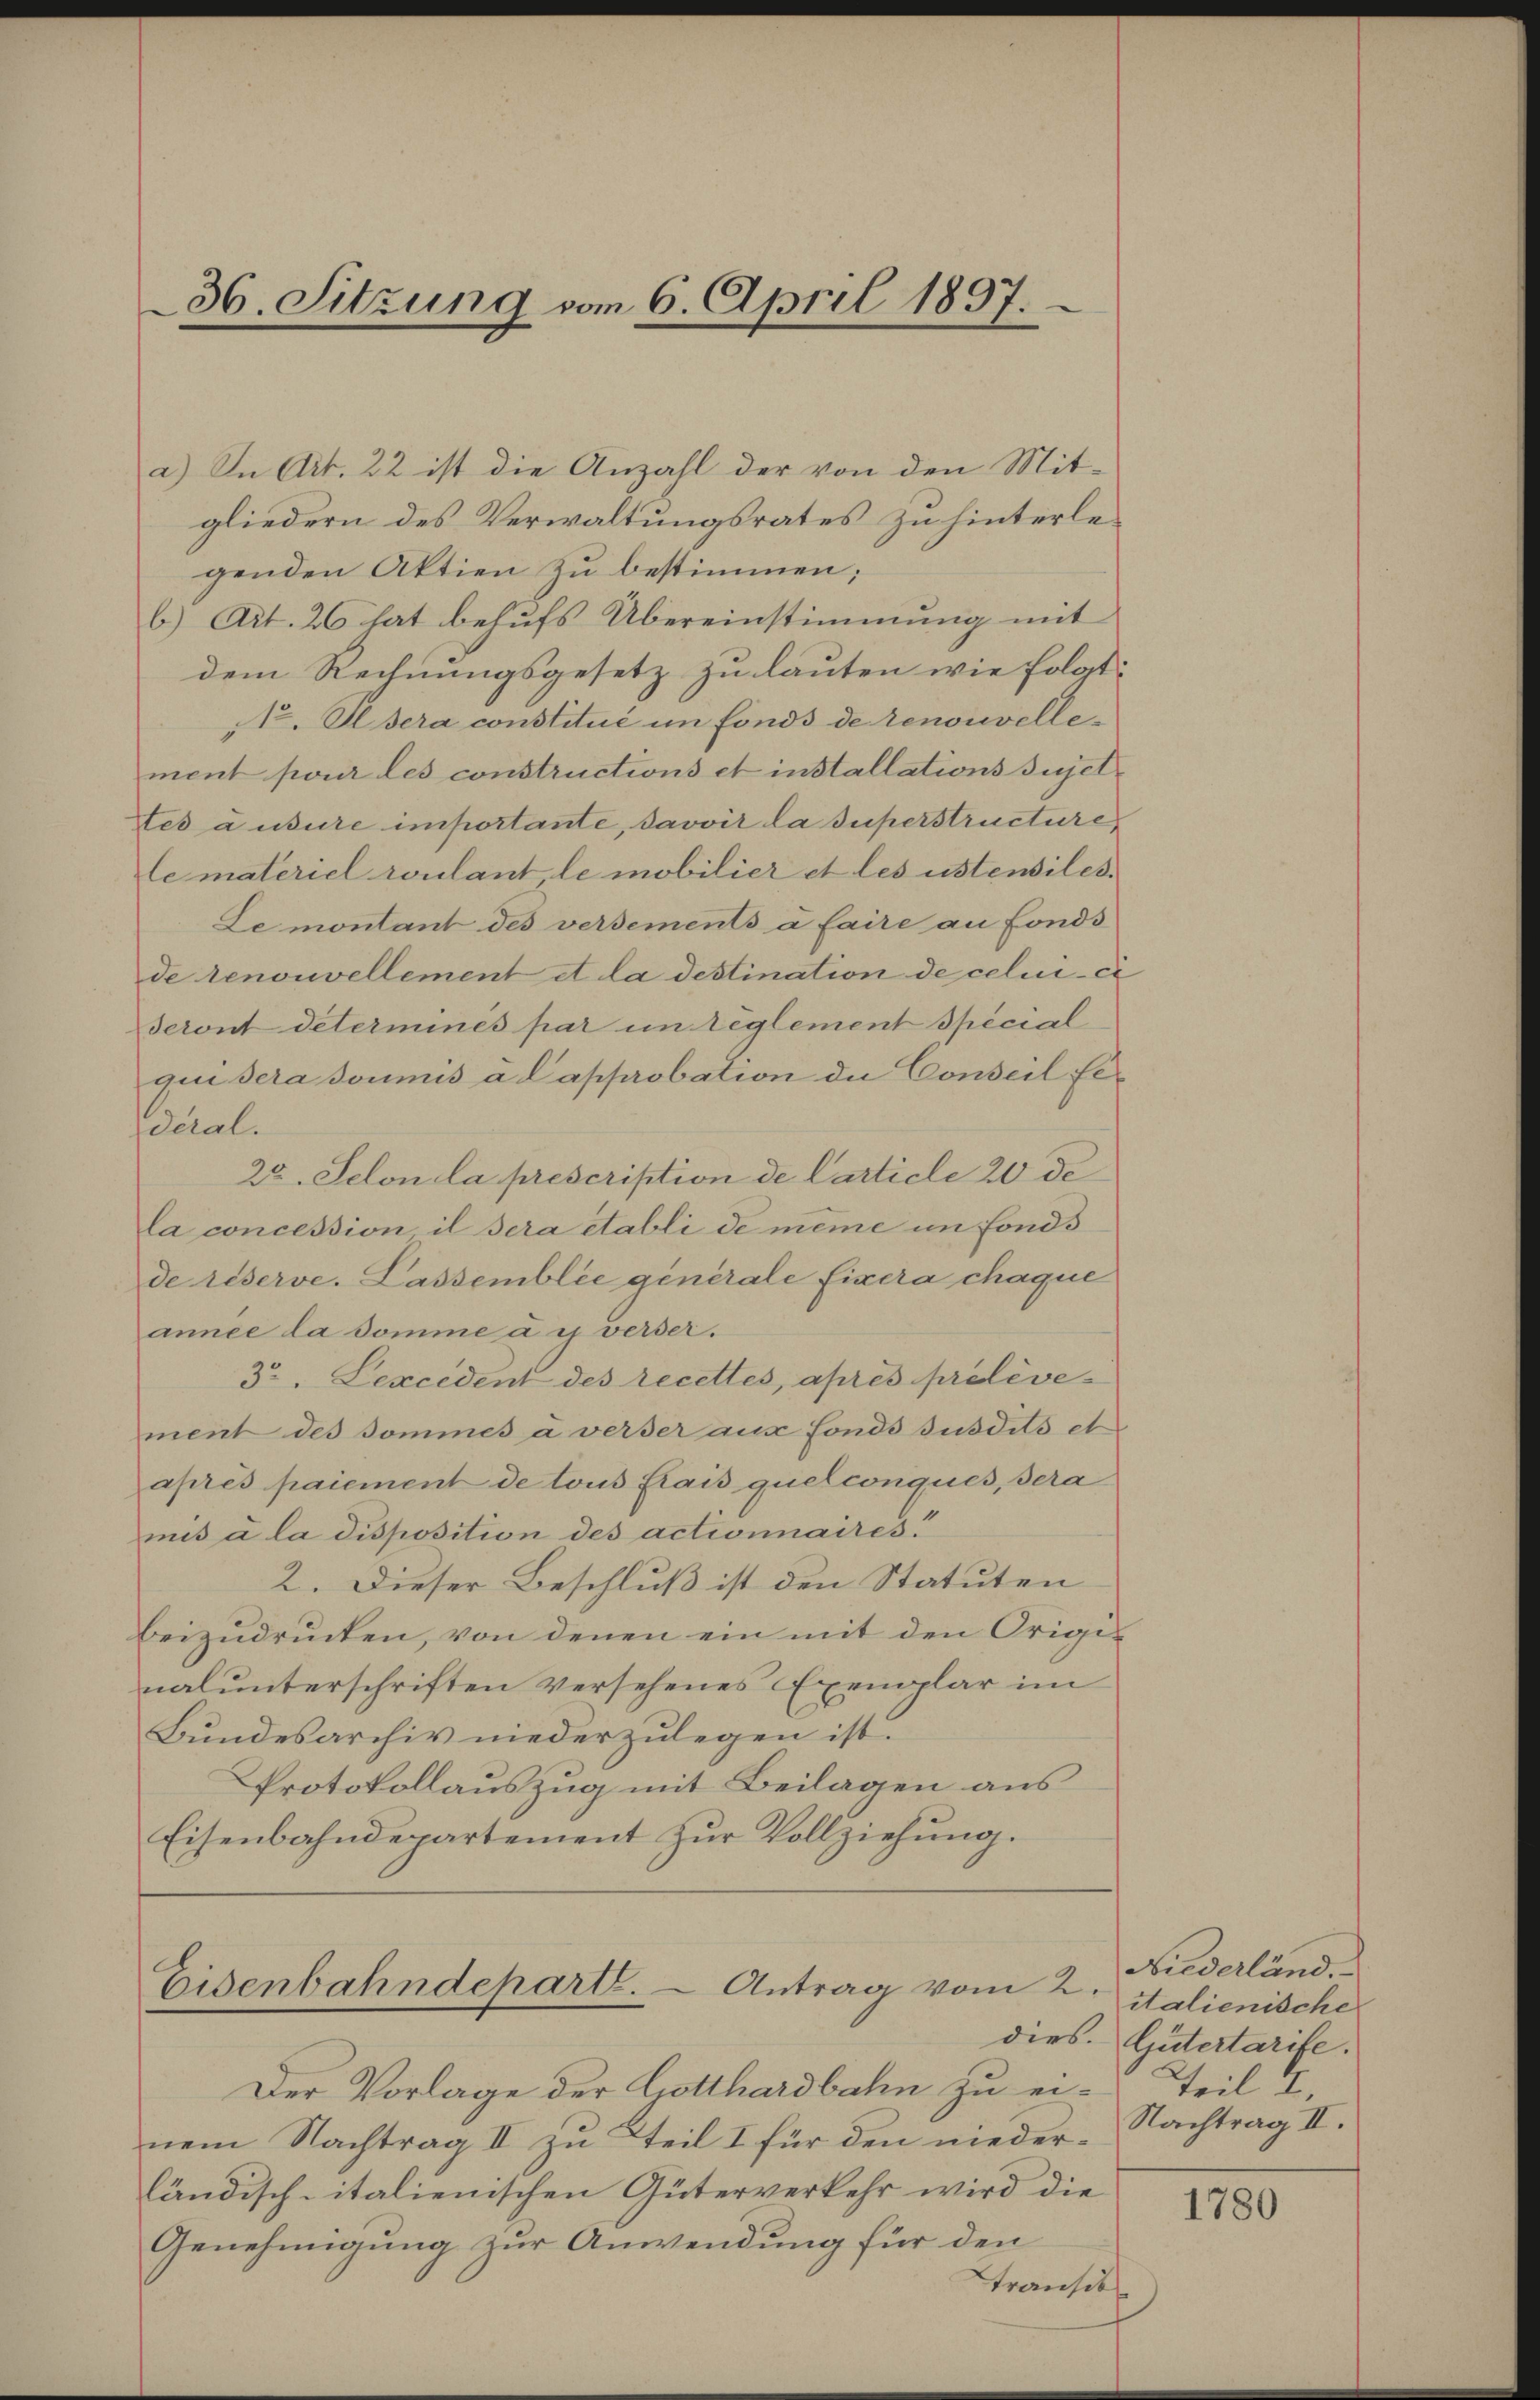
36. Sitzung vom 6. April 1897.

a) In Art. 22 ist die Anzahl der von den Mit-
gliedern des Verwaltungsrates zu hinterlegenden Aktien zu bestimmen;
b) Art. 26 hat behufs Übereinstimmung mit
dem Rechnungsgesetz zu lauten wie folgt:
Not. Alsera constitué im fonds de renouvellement pour les constructions et installations sujet¬
Les ausure importante, davoir la Superstructure,
le materiel roulant, le mobilier et les ustensiles.
Le montant des versements à faire au fonds
de renouvellement et la destination de celui-ci
seront déterminés par un reglement spécial
qun sera soumis a Capprobation die Conseil Federal.
25. Selon la prescription de Carticle 20 de
la concession, il sera etabli de meine im Fonds
de réserve. Lassemblée générale fixera chaque
année da domine a es verser.
3r. Lexcédent des recettes, apres prélèvement des Sommes a verser aus fonds susdits et
aprés paiement de tous Krais quelconqués, sera
mis à la disposition des actionnaires.
2. Dieser Beschluß ist den Statuten
beizudrucken, von denen ein mit den Originalunterschriften versehenes Exemplar im
Bundesarchiv niederzulegen ist.
Protokollauszug mit Beilagen aus
Eisenbahndepartement zur Vollziehung.

Eisenbahndepart. Antrag vom 2.

Der Vorlage der Gotthardbahn zu einem Nachtrag II zu Teil I für den niederländisch-italienischen Güterverkehr wird die
Genehmigung zur Anwendung für den
transit

Niederländ.
italienische
dies. Gütertarife.
Teil E
Nachtrag II.

1780